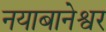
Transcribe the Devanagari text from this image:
नयाबानेश्वर